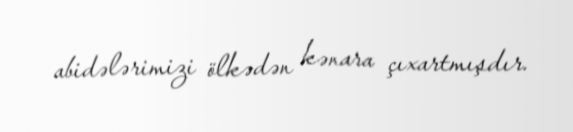
abidələrimizi ölkədən kənara çıxartmışdır.